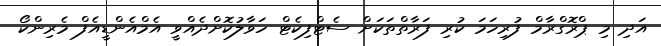
އަދި މި ޕްރޮގްރާމް ފުރިހަމަ ކުރި ފަރާތްތަކަށް ސެޓްފިކެޓް ހަވާލުކޮށްދެއްވީ އެމްއެންޑީއެފް މެރިންކޯ